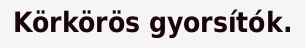
Körkörös gyorsítók.